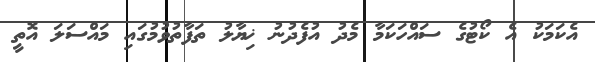
އެކަމަކު އެ ކޯޓުގެ ސައްހަކަމާ މެދު އުފެދުނު ޚިޔާލު ތަފާތުވުމުގައި މައްސަލަ އޮތީ